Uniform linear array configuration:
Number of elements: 16
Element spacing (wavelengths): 0.25
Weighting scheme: hann
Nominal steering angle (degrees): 60
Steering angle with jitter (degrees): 58.557
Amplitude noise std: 0.05
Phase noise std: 0.05

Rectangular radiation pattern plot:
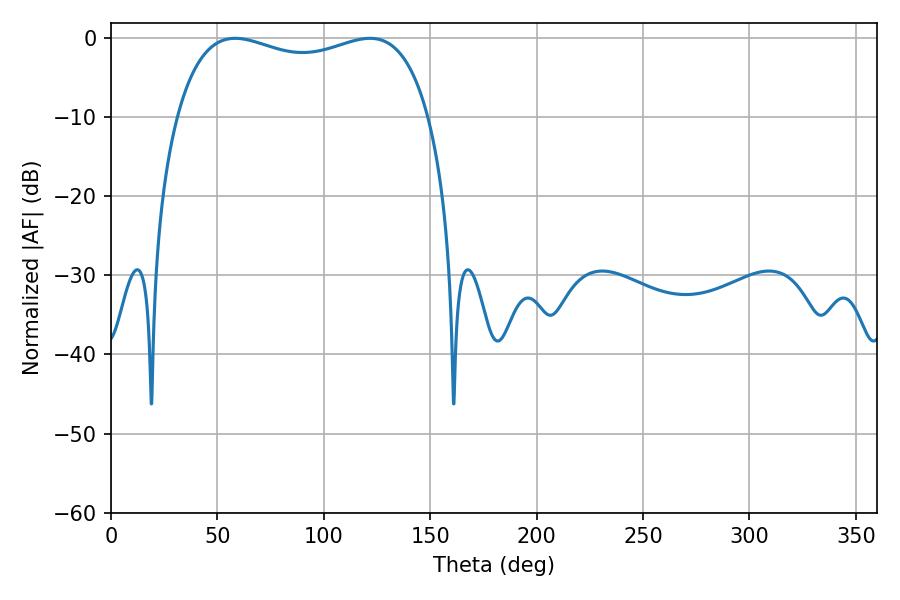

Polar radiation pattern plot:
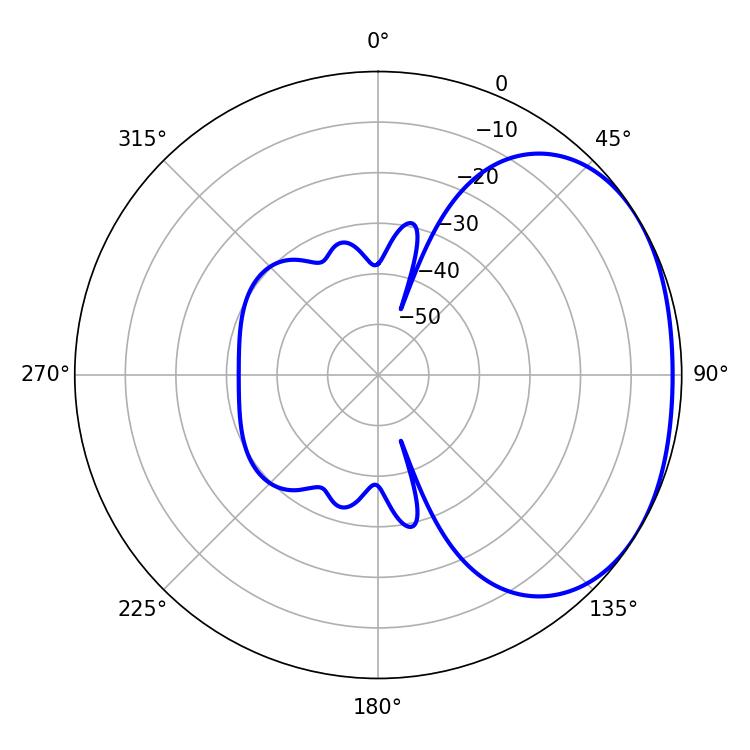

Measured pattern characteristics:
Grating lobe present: FALSE
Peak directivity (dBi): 1.901
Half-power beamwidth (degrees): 97.2
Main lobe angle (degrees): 58.32